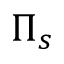
\Pi _ { s }